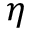
\eta